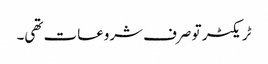
ٹریکٹر تو صرف شروعات تھی۔